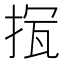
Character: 𢭨